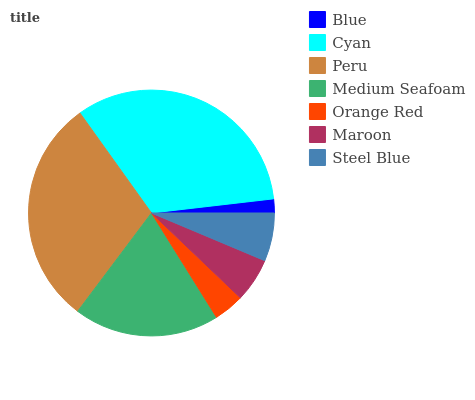
| Blue | Cyan | Peru | Medium Seafoam | Orange Red | Maroon | Steel Blue |
 | --- | --- | --- | --- | --- | --- | --- |
 | 1.83% | 33.1% | 29.9% | 19.1% | 3.99% | 5.79% | 6.33% |